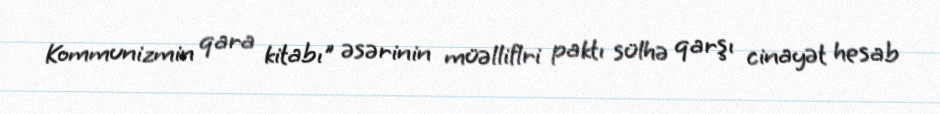
Kommunizmin qara kitabı" əsərinin müəlliflri paktı sülhə qarşı cinayət hesab